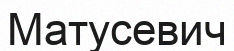
Матусевич